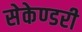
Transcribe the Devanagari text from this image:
सेकेण्‍डरी